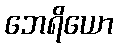
ဘေရိယော